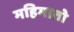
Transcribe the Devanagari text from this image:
महिमातो